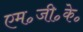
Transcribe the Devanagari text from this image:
एम॰जी॰के॰